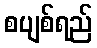
စပျစ်ရည်